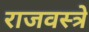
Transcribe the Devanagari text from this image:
राजवस्त्रे